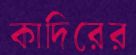
কাদিরের